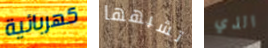
كهربائية تشبهها الذي